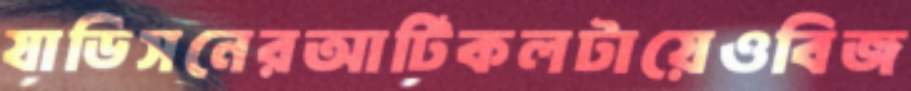
যাডিসনেরআর্টিকলটায়েওবিজ